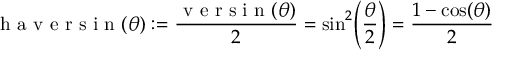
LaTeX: { \textrm { h a v e r s i n } } ( \theta ) : = { \frac { { \textrm { v e r s i n } } ( \theta ) } { 2 } } = \sin ^ { 2 } \! \left( { \frac { \theta } { 2 } } \right) = { \frac { 1 - \cos ( \theta ) } { 2 } }